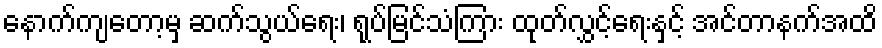
နောက်ကျတော့မှ ဆက်သွယ်ရေး၊ ရုပ်မြင်သံကြား ထုတ်လွှင့်ရေးနှင့် အင်တာနက်အထိ